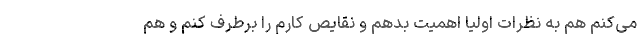
می‌کنم هم به نظرات اولیا اهمیت بدهم و نقایص کارم را برطرف کنم و هم